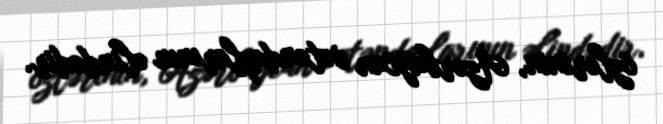
özlərinin, Azərbaycan vətəndaşlarının əlindədir.